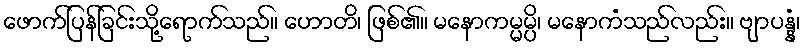
ဖောက်ပြန်ခြင်းသို့ရောက်သည်။ ဟောတိ၊ ဖြစ်၏။ မနောကမ္မမ္ပိ၊ မနောကံသည်လည်း။ ဗျာပန္နံ၊